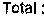
TOTAL :